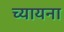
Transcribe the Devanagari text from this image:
च्यायना